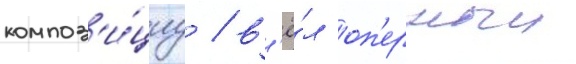
композ'и́циу / в'ё́л оп'ерныи